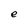
Character: e